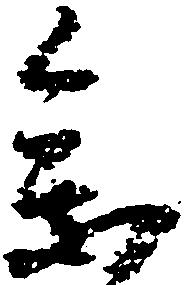
参